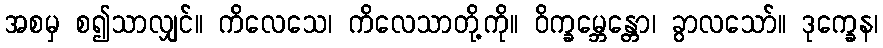
အစမှ စ၍သာလျှင်။ ကိလေသေ၊ ကိလေသာတို့ကို။ ဝိက္ခမ္ဘေန္တော၊ ခွာလသော်။ ဒုက္ခေန၊